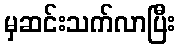
မှဆင်းသက်လာပြီး